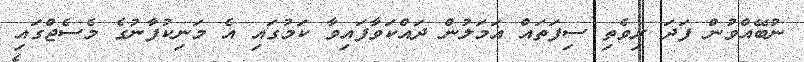
ނުބޭއްވުން ފަދަ ރިވެތި ސިފަތައް އަމަލުން ދައްކަވާފައިވާ ކަމުގައި އެ މަނިކުފާނުގެ މެސެޖްގައި